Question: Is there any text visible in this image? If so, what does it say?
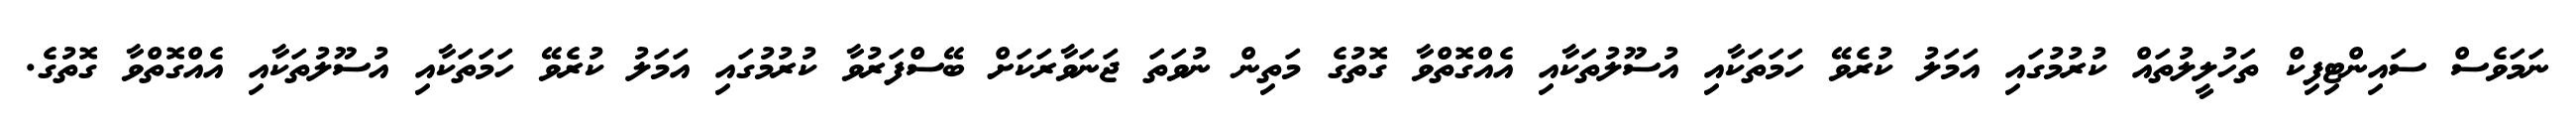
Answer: ނަމަވެސް ސައިންޓިފިކް ތަހުލީލުތައް ކުރުމުގައި އަމަލު ކުރެވޭ ހަމަތަކާއި އުސޫލުތަކާއި އެއްގޮތްވާ ގޮތުގެ މަތިން ނުވަތަ ޖަނަވާރަކަށް ބޭސްފަރުވާ ކުރުމުގައި އަމަލު ކުރެވޭ ހަމަތަކާއި އުސޫލުތަކާއި އެއްގޮތްވާ ގޮތުގެ.